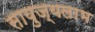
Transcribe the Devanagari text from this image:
सायुज्यलाभ